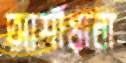
আর্শীয়ানা